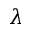
\lambda